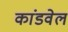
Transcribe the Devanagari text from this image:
कांडवेल